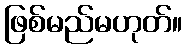
ဖြစ်မည်မဟုတ်။